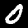
Label: 0